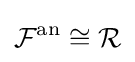
{\mathcal {F}}^{\mathrm {an} }\cong {\mathcal {R}}